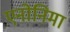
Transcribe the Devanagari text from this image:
एनोनिमा